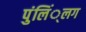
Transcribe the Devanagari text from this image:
पुंलिं्लग